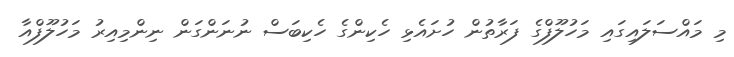
މި މައްސަލައިގައި މަހުލޫފްގެ ފަރާތުން ހުށައެޅި ހެކިންގެ ހެކިބަސް ނުނަންގަން ނިންމިއިރު މަހުލޫފްއާ